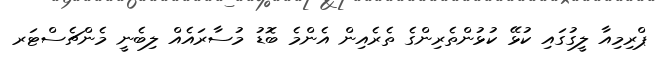
ޕްރިމިއާ ލީގުގައި ކުޅޭ ކުޅުންތެރިންގެ ތެރެއިން އެންމެ ބޮޑު މުސާރައެއް ލިބެނީ މެންޗެސްޓަރ